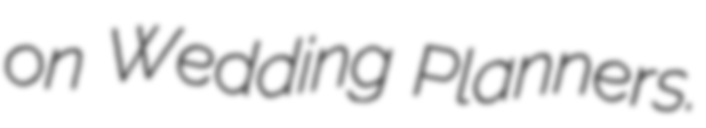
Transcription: on Wedding Planners.